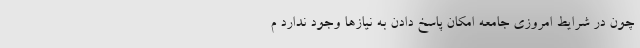
چون در شرایط امروزیِ جامعه امکان پاسخ دادن به نیازها وجود ندارد م